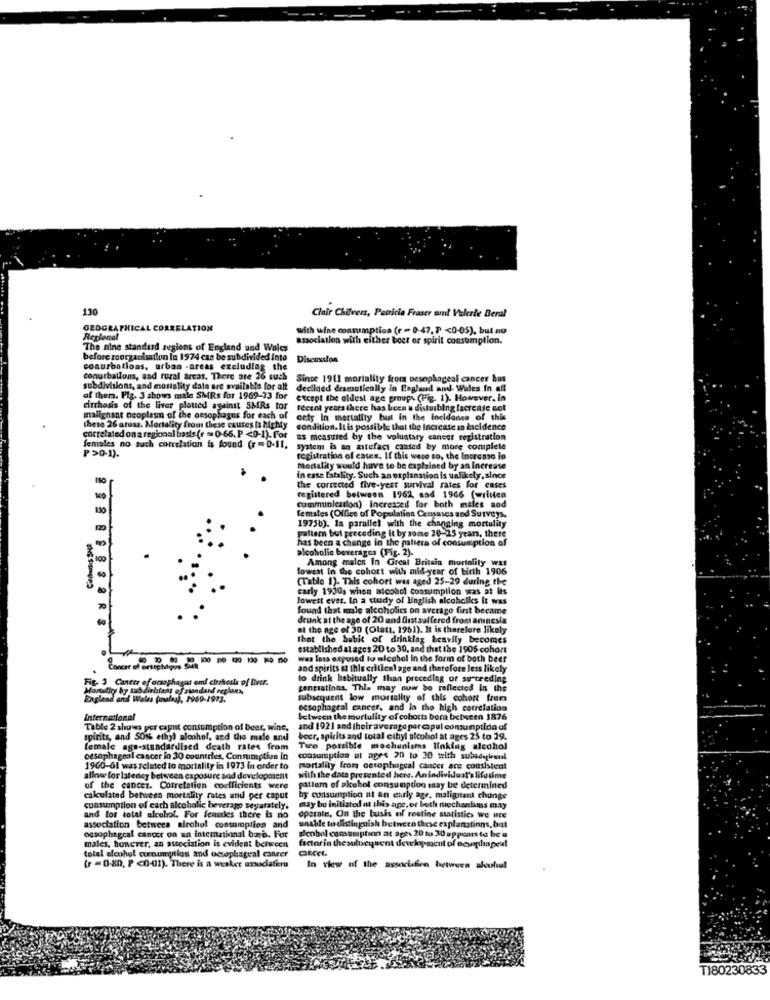
130
Clair Chilvers, Patricia Fraser wul Velerle Beral
GEOGRAPHICAL CORRELATION
with wine consumption (r = 0-47, P <0-05), but no
Regional
association with either beet or spirit consumption.
The nine standard regions of England and Wales
before rcorganisation In 1974 can be subdivided into
Discussion
conurbations, urban -areas excluding the
conurballons, and rural areas. There are 26 such
Since 1911 mortality from pesophageal cancer hos
subdivisions, and mortality date are available for alt
declined dramatically in England and Wales In all
of them. Fig. 3 shows male SMRs for 1969-33 for
except the oldest age groups (Fig. 1). However, In
cirrhosis of the liver plotted against SMRs tor
recent years there has been a disturbing Increase not
malignant neoplasm of the oesophagus for each of cety In mortality but in the incidence of this
cety In mortality but in the incidence of this
heso 26 areas. Mortality from these causes Is Melty
condition. It is possible that the Increase in incidence
correlated on a regional basis (r = 0-66, P <0-1). For
as measured by the voluntary cancer registration
females no such cotrelation is found (r =D-11.
system is an zitefact caused by more complele
₱>0-1).
registration of cases. If this were so, the Increase in
mortality would have to be explained by an Increase
in esse fatality. Such an explanation is ualikely, since
the corrected five-year survival rates for cases
registered between 1962 aad 1966 (written
cummunlesslon) increxced for both males and
females (Office of Population Censuses and Surveys.
1975b). la parallel with the changing mortality
paller but preceding it by some 20-25 years, there
has been a change in the paltera of consumption of
alcoholic beverages (Fig. 2).
Among males In Great Britain mortality was
lowest in the cohort with mid-year of birth 1906
(Table 1). This cohort was aged 25-29 during the
carly 1930, when alcohol consumption was at las
lowest ever. In a study of English alcoholics it was
found that mole alcoholics on average first became
drunk at the age of 20 and first suffered from anınesla
at the age of 30 (Olatt, 1961). It is therefore likely
that the bubit of drinklag heavily becomes
established al ages 20 to 30, and that the 1906 cohort
was less exposed to alcohol In the form of both beer
Concer of orstchaque
and spirits at this critical age and therefore less likely
Fig. 3 Cancer of ocaophagus em! cirrhosis of Diver.
to drink habitually than preceding or succeeding
gentiations. This may now be reflected in the
England and Wales (nales), 1969-1973.
subsequent low mortality of this cohort from
oesophageal cancer, and in the high correlation
International
between the mortulity of cobotts bora between 1876
Table 2 shows per capit consumption of beer, wine,
and 192] and their average pereapul consumption of
spirits, and SO% ethyl alcohol, and the male and
beer, spirits and total ethyl alcohol at ages 25 to 19.
female age-standardised death rates from
Two possible mechanisms linking alcohol
oesophageil cancer io 30 countries, Consumption in
consumption at ages 20 to 30 with subidogirenil
1960-61 was related to mortality in 1973 in order to
mortality from cetophugcal cancer are consistent
allow for latency between exposure sod development
with the data presented here. Anindividual's lifetime
of the cances. Correlation coefficients were
patlam of alcohol consumption may be determined
calculated between mortality rates and per caput
by consumption at an early age, malignant chunge
consumption of cach alcoholic beverage separately.
may be initiated at this age, or both mechaniinss may
and for total alcohol. For females there is no
operate. On the basis of routine statistics We Hte
association between alcohol consumption and
unable to distinguish between these explanations, but
oesophageal cancer on an international baris. For
denhol consumption at age- 20 to 30 appears to be a
males, however, an association is evident between
factor in thesulbeysent development of ecsophapeal
total alcohol cunumption and octoplageal cancer
(r = 0.80, P <0-01). There is a weaker associaticru
In view of the association between alcohol
TI80230833